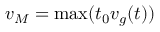
v _ { M } = \operatorname* { m a x } ( t _ { 0 } v _ { g } ( t ) )